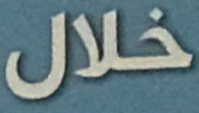
خلال